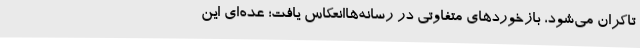
تاکران می‌شود، بازخوردهای متفاوتی در رسانه‌هاانعکاس یافت؛ عده‌ای این